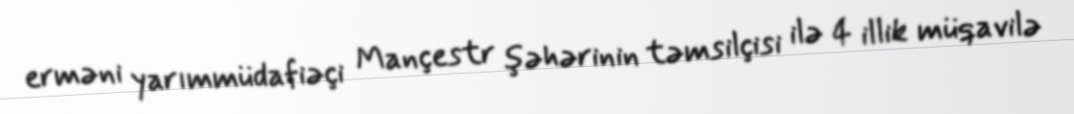
erməni yarımmüdafiəçi Mançestr şəhərinin təmsilçisi ilə 4 illik müqavilə